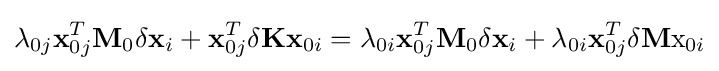
\lambda _{0j}\mathbf {x} _{0j}^{T}\mathbf {M} _{0}\delta \mathbf {x} _{i}+\mathbf {x} _{0j}^{T}\delta \mathbf {K} \mathbf {x} _{0i}=\lambda _{0i}\mathbf {x} _{0j}^{T}\mathbf {M} _{0}\delta \mathbf {x} _{i}+\lambda _{0i}\mathbf {x} _{0j}^{T}\delta \mathbf {M} \mathrm {x} _{0i}